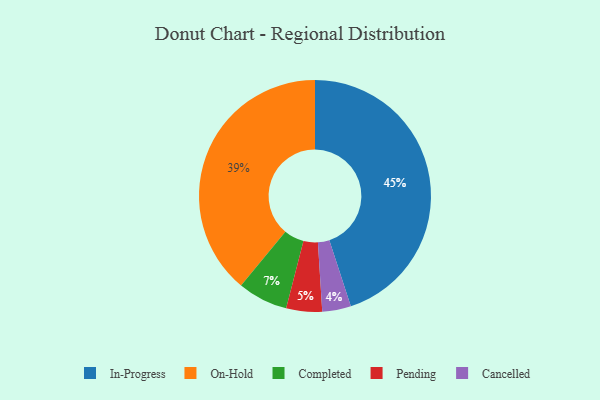
{"axis": {"x": "Category", "y": "Percentage"}, "legend": ["Cancelled", "Completed", "In-Progress", "On-Hold", "Pending"], "data": [{"x": "In-Progress", "y": 45, "type": "In-Progress"}, {"x": "Pending", "y": 5, "type": "Pending"}, {"x": "Completed", "y": 7, "type": "Completed"}, {"x": "On-Hold", "y": 39, "type": "On-Hold"}, {"x": "Cancelled", "y": 4, "type": "Cancelled"}]}